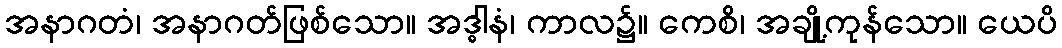
အနာဂတံ၊ အနာဂတ်ဖြစ်သော။ အဒ္ဓါနံ၊ ကာလ၌။ ကေစိ၊ အချို့ကုန်သော။ ယေပိ